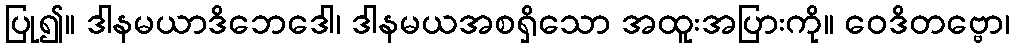
ပြု၍။ ဒါနမယာဒိဘေဒေါ၊ ဒါနမယအစရှိသော အထူးအပြားကို။ ဝေဒိတဗ္ဗော၊